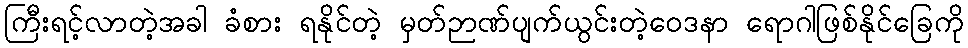
ကြီးရင့်လာတဲ့အခါ ခံစား ရနိုင်တဲ့ မှတ်ဉာဏ်ပျက်ယွင်းတဲ့ဝေဒနာ ရောဂါဖြစ်နိုင်ခြေကို